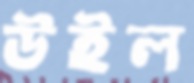
উইল